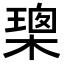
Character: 𭫢